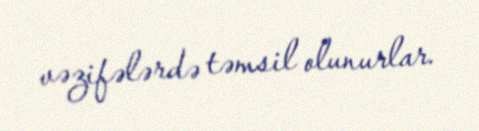
vəzifələrdə təmsil olunurlar.